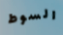
السوط